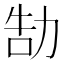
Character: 勂